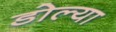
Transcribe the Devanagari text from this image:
डोल्या